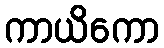
ကာယိကော